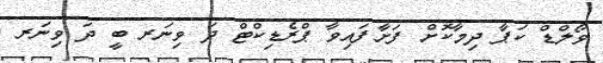
ވޯލްޑް ކަޕާ ދިމާކޮށް ފަށާފައިވާ ޕްރެޑިކްޓް ދަ ވިނަރ ބީ ދަ ވިނަރ